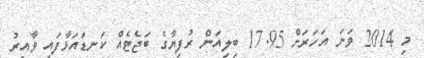
މި 2014 ވަނަ އަހަރަށް 17.95 ބިލިއަން ރުފިޔާގެ ބަޖެޓެއް ކަނޑައަޅާފައި ވާއިރު